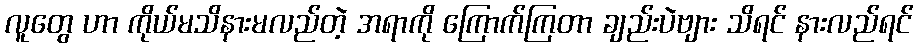
လူတွေ ဟာ ကိုယ်မသိနားမလည်တဲ့ အရာကို ကြောက်ကြတာ ချည်းပဲဗျား သိရင် နားလည်ရင်